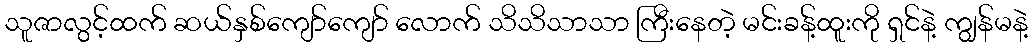
သူဇာလွင့်ထက် ဆယ်နှစ်ကျော်ကျော် လောက် သိသိသာသာ ကြီးနေတဲ့ မင်းခန့်ထူးကို ရှင်နဲ့ ကျွန်မနဲ့